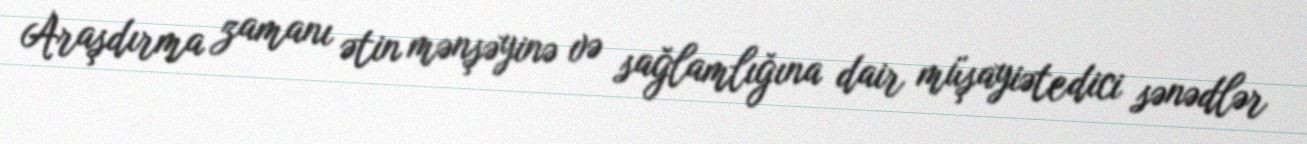
Araşdırma zamanı ətin mənşəyinə və sağlamlığına dair müşayiətedici sənədlər